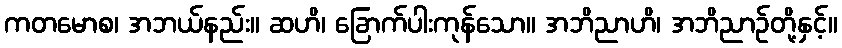
ကတမောစ၊ အဘယ်နည်း။ ဆဟိ၊ ခြောက်ပါးကုန်သော။ အဘိညာဟိ၊ အဘိညာဉ်တို့နှင့်။